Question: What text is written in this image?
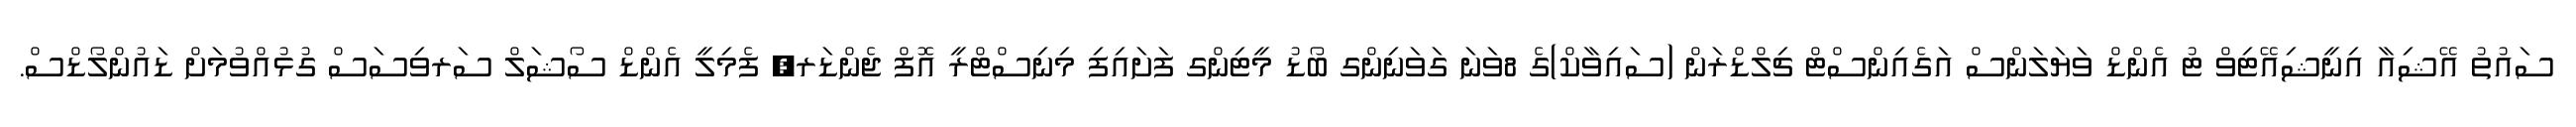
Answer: ސައުތު އޭޝިއާ އިނީޝިއޭޓިވް ޓު އެންޑް ވަޔަލަންސް އަގެއިންސްޓް ޗިލްޑްރަން (ސައިވާކް)ގެ 8ވަނަ ގަވަނިންގ ބޯޑު މީޓިންގ ފަށައިފި މިނިސްޓްރީ އޮފް ޖެންޑަރ, ފެމިލީ އެންޑް ސޯޝަލް ސަރވިސަސް ގުޅުއްވުމަށް ޑައުންލޯޑްސް.